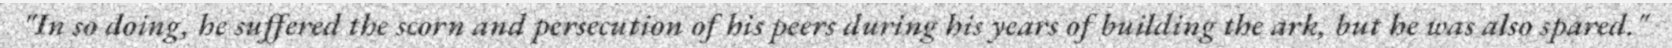
"In so doing, he suffered the scorn and persecution of his peers during his years of building the ark, but he was also spared."